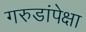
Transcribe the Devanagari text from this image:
गरुडांपेक्षा